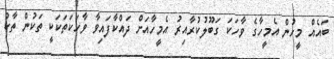
ބައެއް މީހުން އެމީހާގެ ވާހަކަ ގަބޫލުކުރާއިރު އެމީހާއަށް ދައްކާފައިވާ ވާހަކަތަކަކީ ތަކުން ތާކު